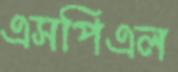
এসপিএল